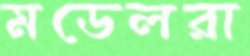
মডেলরা